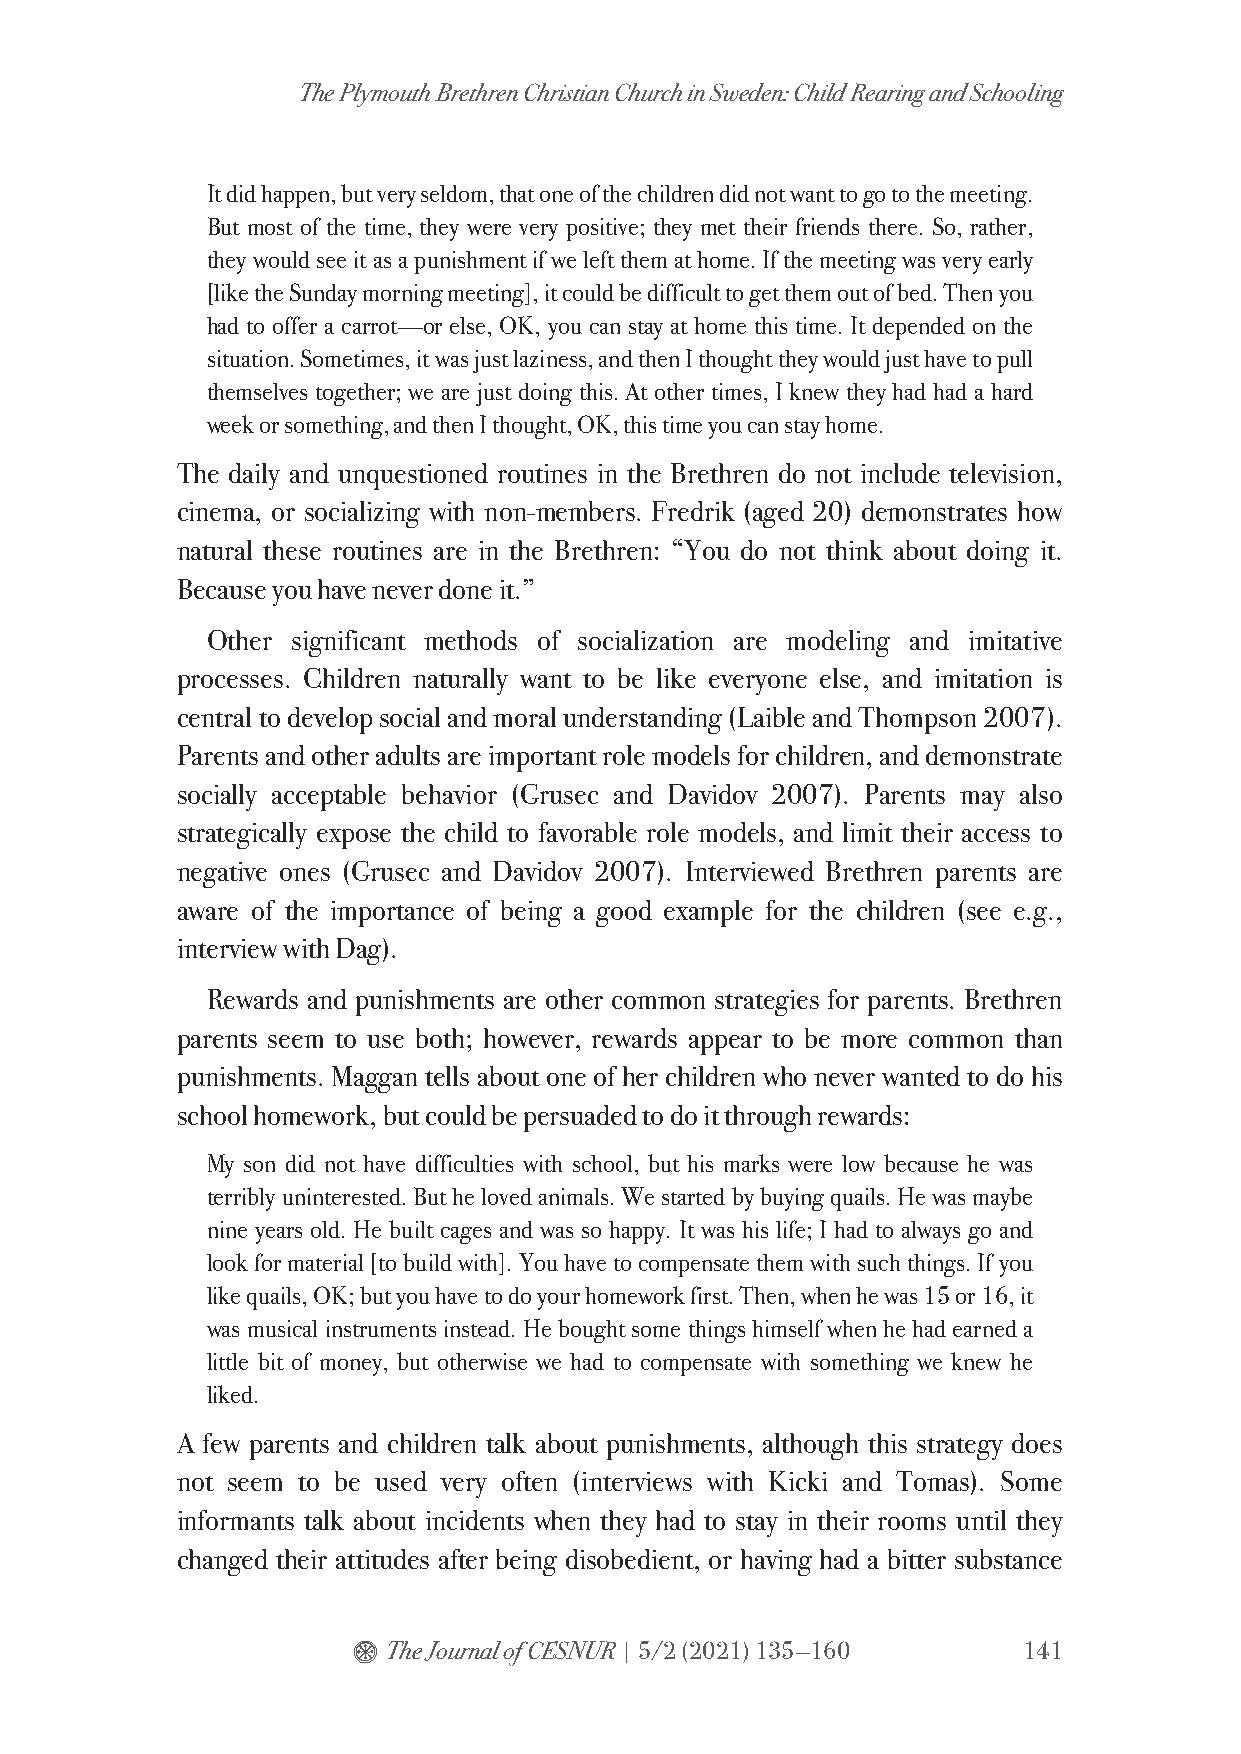
The Plymouth Brethren Christian Church in Sweden: Child Rearing and Schooling
 It did happen, but very seldom, that one of the children did not want to go to the meeting.
 But most of the time, they were very positive; they met their friends there. So, rather,
 they would see it as a punishment if we left them at home. If the meeting was very early
 [like the Sunday morning meeting], it could be difficult to get them out of bed. Then you
 had to offer a carrot—or else, OK, you can stay at home this time. It depended on the
 situation. Sometimes, it was just laziness, and then I thought they would just have to pull
 themselves together; we are just doing this. At other times, I knew they had had a hard
 week or something, and then I thought, OK, this time you can stay home.
 The daily and unquestioned routines in the Brethren do not include television,
 cinema, or socializing with non-members. Fredrik (aged 20) demonstrates how
 natural these routines are in the Brethren: “You do not think about doing it.
 Because you have never done it.”
 Other significant methods of socialization are modeling and imitative
 processes. Children naturally want to be like everyone else, and imitation is
 central to develop social and moral understanding (Laible and Thompson 2007).
 Parents and other adults are important role models for children, and demonstrate
 socially acceptable behavior (Grusec and Davidov 2007). Parents may also
 strategically expose the child to favorable role models, and limit their access to
 negative ones (Grusec and Davidov 2007). Interviewed Brethren parents are
 aware of the importance of being a good example for the children (see e.g.,
 interview with Dag).
 Rewards and punishments are other common strategies for parents. Brethren
 parents seem to use both; however, rewards appear to be more common than
 punishments. Maggan tells about one of her children who never wanted to do his
 school homework, but could be persuaded to do it through rewards:
 My son did not have difficulties with school, but his marks were low because he was
 terribly uninterested. But he loved animals. We started by buying quails. He was maybe
 nine years old. He built cages and was so happy. It was his life; I had to always go and
 look for material [to build with]. You have to compensate them with such things. If you
 like quails, OK; but you have to do your homework first. Then, when he was 15 or 16, it
 was musical instruments instead. He bought some things himself when he had earned a
 little bit of money, but otherwise we had to compensate with something we knew he
 liked.
 A few parents and children talk about punishments, although this strategy does
 not seem to be used very often (interviews with Kicki and Tomas). Some
 informants talk about incidents when they had to stay in their rooms until they
 changed their attitudes after being disobedient, or having had a bitter substance
 $  The Journal of CESNUR | 5/2 (2021) 135—160 141